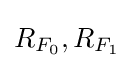
R_{F_{0}},R_{F_{1}}